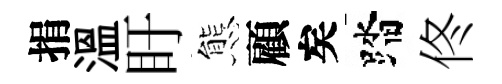
捐溫盱態顧矣踏佟